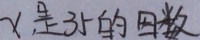
x 是 3 5 的 因 数